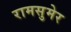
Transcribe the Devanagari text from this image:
रामसुमेर